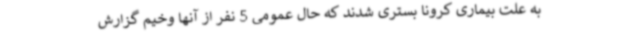
به علت بیماری کرونا بستری شدند که حال عمومی 5 نفر از آنها وخیم گزارش